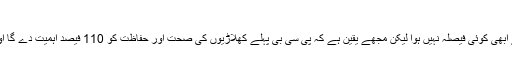
'ہمیں 10 سال بغیر ہوم کراؤڈ کے کھیلنے کا تجربہ ہے'
‏بابر اعظم نے کہا کہ انگلینڈ جانے کیلئے ابھی بات چیت کا سلسلہ جاری ہے ابھی کوئی فیصلہ نہیں ہوا لیکن مجھے یقین ہے کہ پی سی بی پہلے کھلاڑیوں کی صحت اور حفاظت کو 110 فیصد اہمیت دے گا اور اس کے بعد کوئی فیصلہ کرے گا کیونکہ جان سے بڑھ کر کچھ نہیں ہے۔